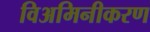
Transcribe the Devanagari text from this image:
विअमिनीकरण